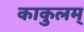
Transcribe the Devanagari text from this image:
काकुलम्